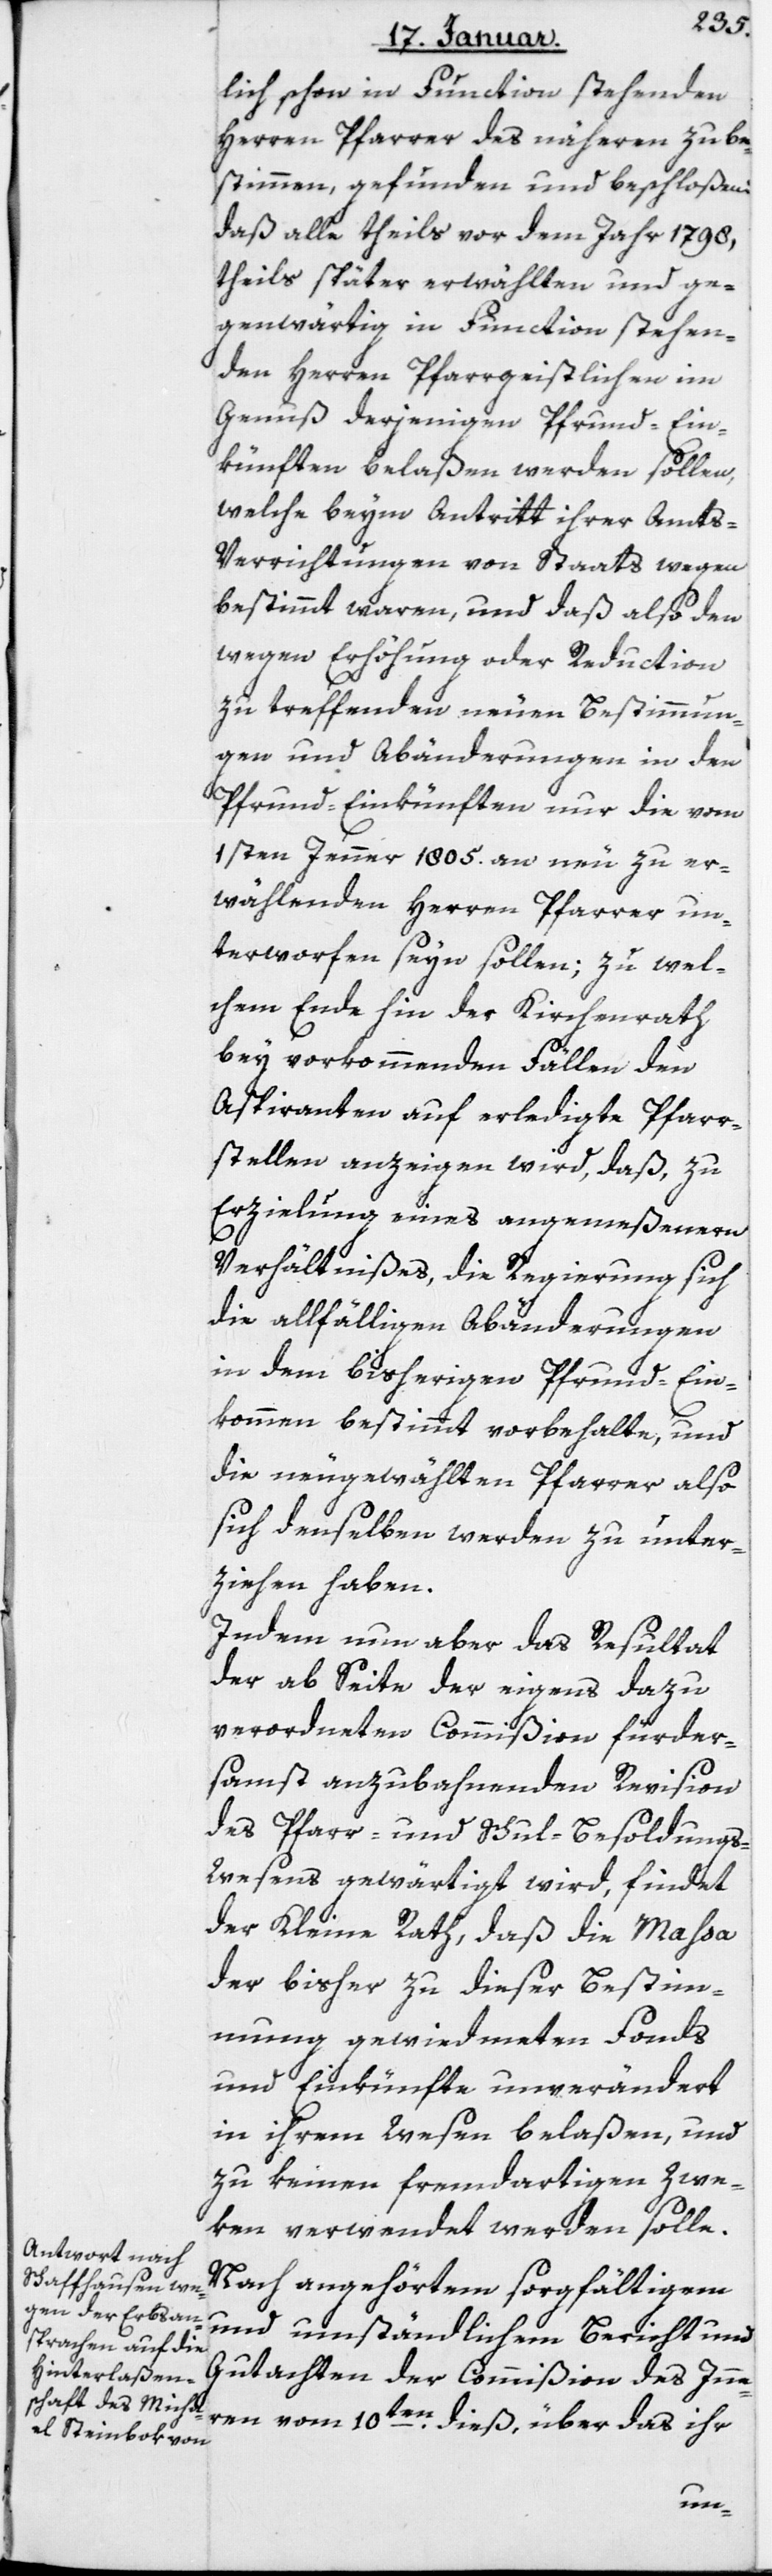
lich schon in Function stehenden
Herren Pfarrer des näheren zu be¬
stimmen, gefunden und beschloßen,
daß alle theils vor dem Jahr 1798,
theils später erwählten und ge¬
genwärtig in Function stehen¬
den Herren Pfarrgeistlichen im
Genuß derjenigen Pfrund-Ein¬
künften belaßen werden sollen,
welche beym Antritt ihrer Amts¬
verrichtungen von Staats wegen
bestimmt waren, und daß also den
wegen Erhöhung oder Reduction
zu treffenden neuen Bestimmun¬
gen und Abänderungen in den
Pfrund-Einkünften nur die vom
1sten Jenner 1805 an neu zu er¬
wählenden Herren Pfarrer un¬
terworfen seyn sollen; zu wel¬
chem Ende hin der Kirchenrath
bey vorkommenden Fällen den
Aspiranten auf erledigte Pfarr¬
stellen anzeigen wird, daß zu
Erzielung eines angemeßenern
Verhältnißes, die Regierung sich
die allfälligen Abänderungen
in dem bisherigen Pfrund-Ein¬
kommen bestimmt vorbehalte, und
die neu gewählten Pfarrer also
sich denselben werden zu unter¬
ziehen haben.
Indem nun aber das Resultat
der ab Seite der eigens dazu
verordneten Commißion fürder¬
samst anzubahnenden Revision
des Pfarr- und Schul-Besoldungs-W¬
esens gewärtigt wird, findet
der Kleine Rath, daß die Maßa
der bisher zu dieser Bestimm¬
ung gewidmeten Fonds
und Einkünfte unverändert
in ihrem Wesen belaßen, und
zu keinen fremdartigen Zwe¬
ken verwendet werden solle.
Nach angehörtem sorgfältigem
und umständlichem Bericht und
Gutachten der Commißion des Inne¬
rn vom 10ten dieß, über das ihr